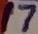
Text: 17